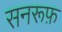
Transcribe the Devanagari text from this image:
सनरूफ़